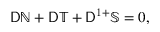
\mathsf { D } \mathbb { N } + \mathsf { D } \mathbb { T } + \mathsf { D } ^ { 1 + } \mathbb { S } = 0 ,